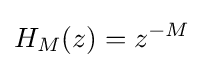
H_{M}(z)=z^{-M}